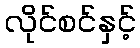
လိုင်စင်နှင့်